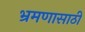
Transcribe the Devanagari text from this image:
भ्रमणासाठी